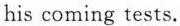
his coming tests.